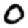
Digit: 0